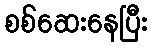
စစ်ဆေးနေပြီး